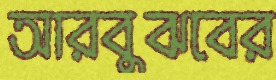
আরবুঝবের